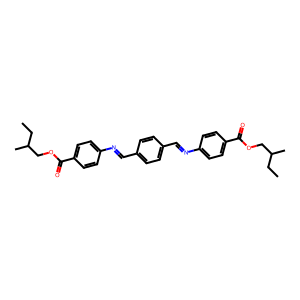
SMILES: CCC(C)COC(=O)c1ccc(N=Cc2ccc(C=Nc3ccc(C(=O)OCC(C)CC)cc3)cc2)cc1
Inhibits HIV replication: No